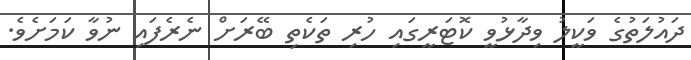
ދައުލަތުގެ ވަކީލު ވިދާޅުވީ ކޮޓަރީގައި ހުރި ތަކެތި ބޭރަށް ނެރެފައި ނުވާ ކަމަށެވެ.